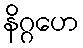
နိဂ္ဂဟေ